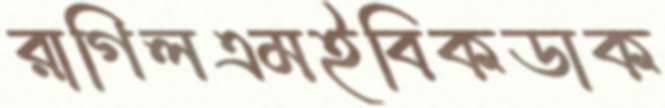
রাগিলএমইবিকডাক